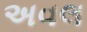
અવલ